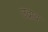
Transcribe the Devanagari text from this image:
उद्राब